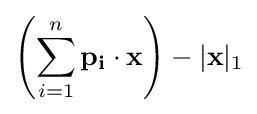
\left(\sum _{i=1}^{n}\mathbf {p_{i}} \cdot \mathbf {x} \right)-|\mathbf {x} |_{1}